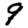
Digit: 9